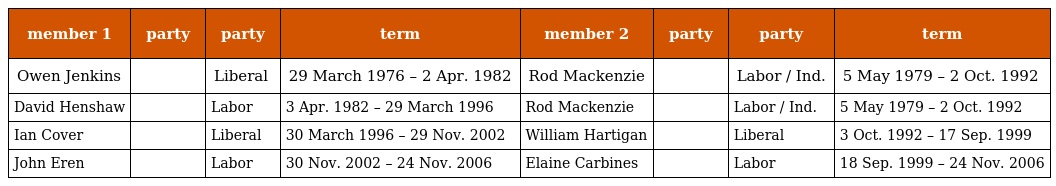
| member 1 | party | party | term | member 2 | party | party | term |
 | --- | --- | --- | --- | --- | --- | --- | --- |
 | Owen Jenkins |  | Liberal | 29 March 1976 – 2 Apr. 1982 | Rod Mackenzie |  | Labor / Ind. | 5 May 1979 – 2 Oct. 1992 |
 | David Henshaw |  | Labor | 3 Apr. 1982 – 29 March 1996 | Rod Mackenzie |  | Labor / Ind. | 5 May 1979 – 2 Oct. 1992 |
 | Ian Cover |  | Liberal | 30 March 1996 – 29 Nov. 2002 | William Hartigan |  | Liberal | 3 Oct. 1992 – 17 Sep. 1999 |
 | John Eren |  | Labor | 30 Nov. 2002 – 24 Nov. 2006 | Elaine Carbines |  | Labor | 18 Sep. 1999 – 24 Nov. 2006 |